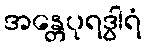
အန္တေပုရဒွါရံ